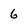
Character: 6